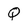
Character: Q